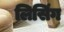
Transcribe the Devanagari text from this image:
लिसिंग